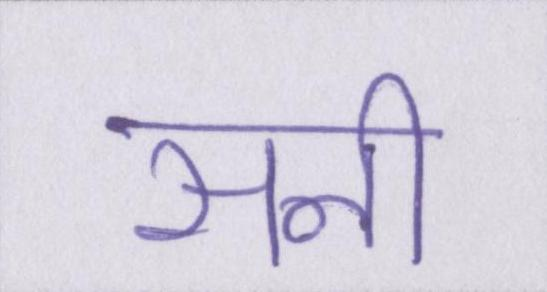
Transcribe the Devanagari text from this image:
सनी